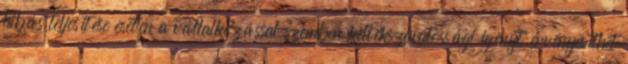
hibás teljesítése esetén a vállalkozással szemben kellékszavatossági igényt érvényesíthet